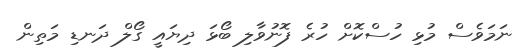
ނަމަވެސް މުޅި ހުސްކޮށް ހުރެ ފޮނުވާލި ބޯޅަ ދިޔައީ ގޯލް ދަނޑި މަތިން